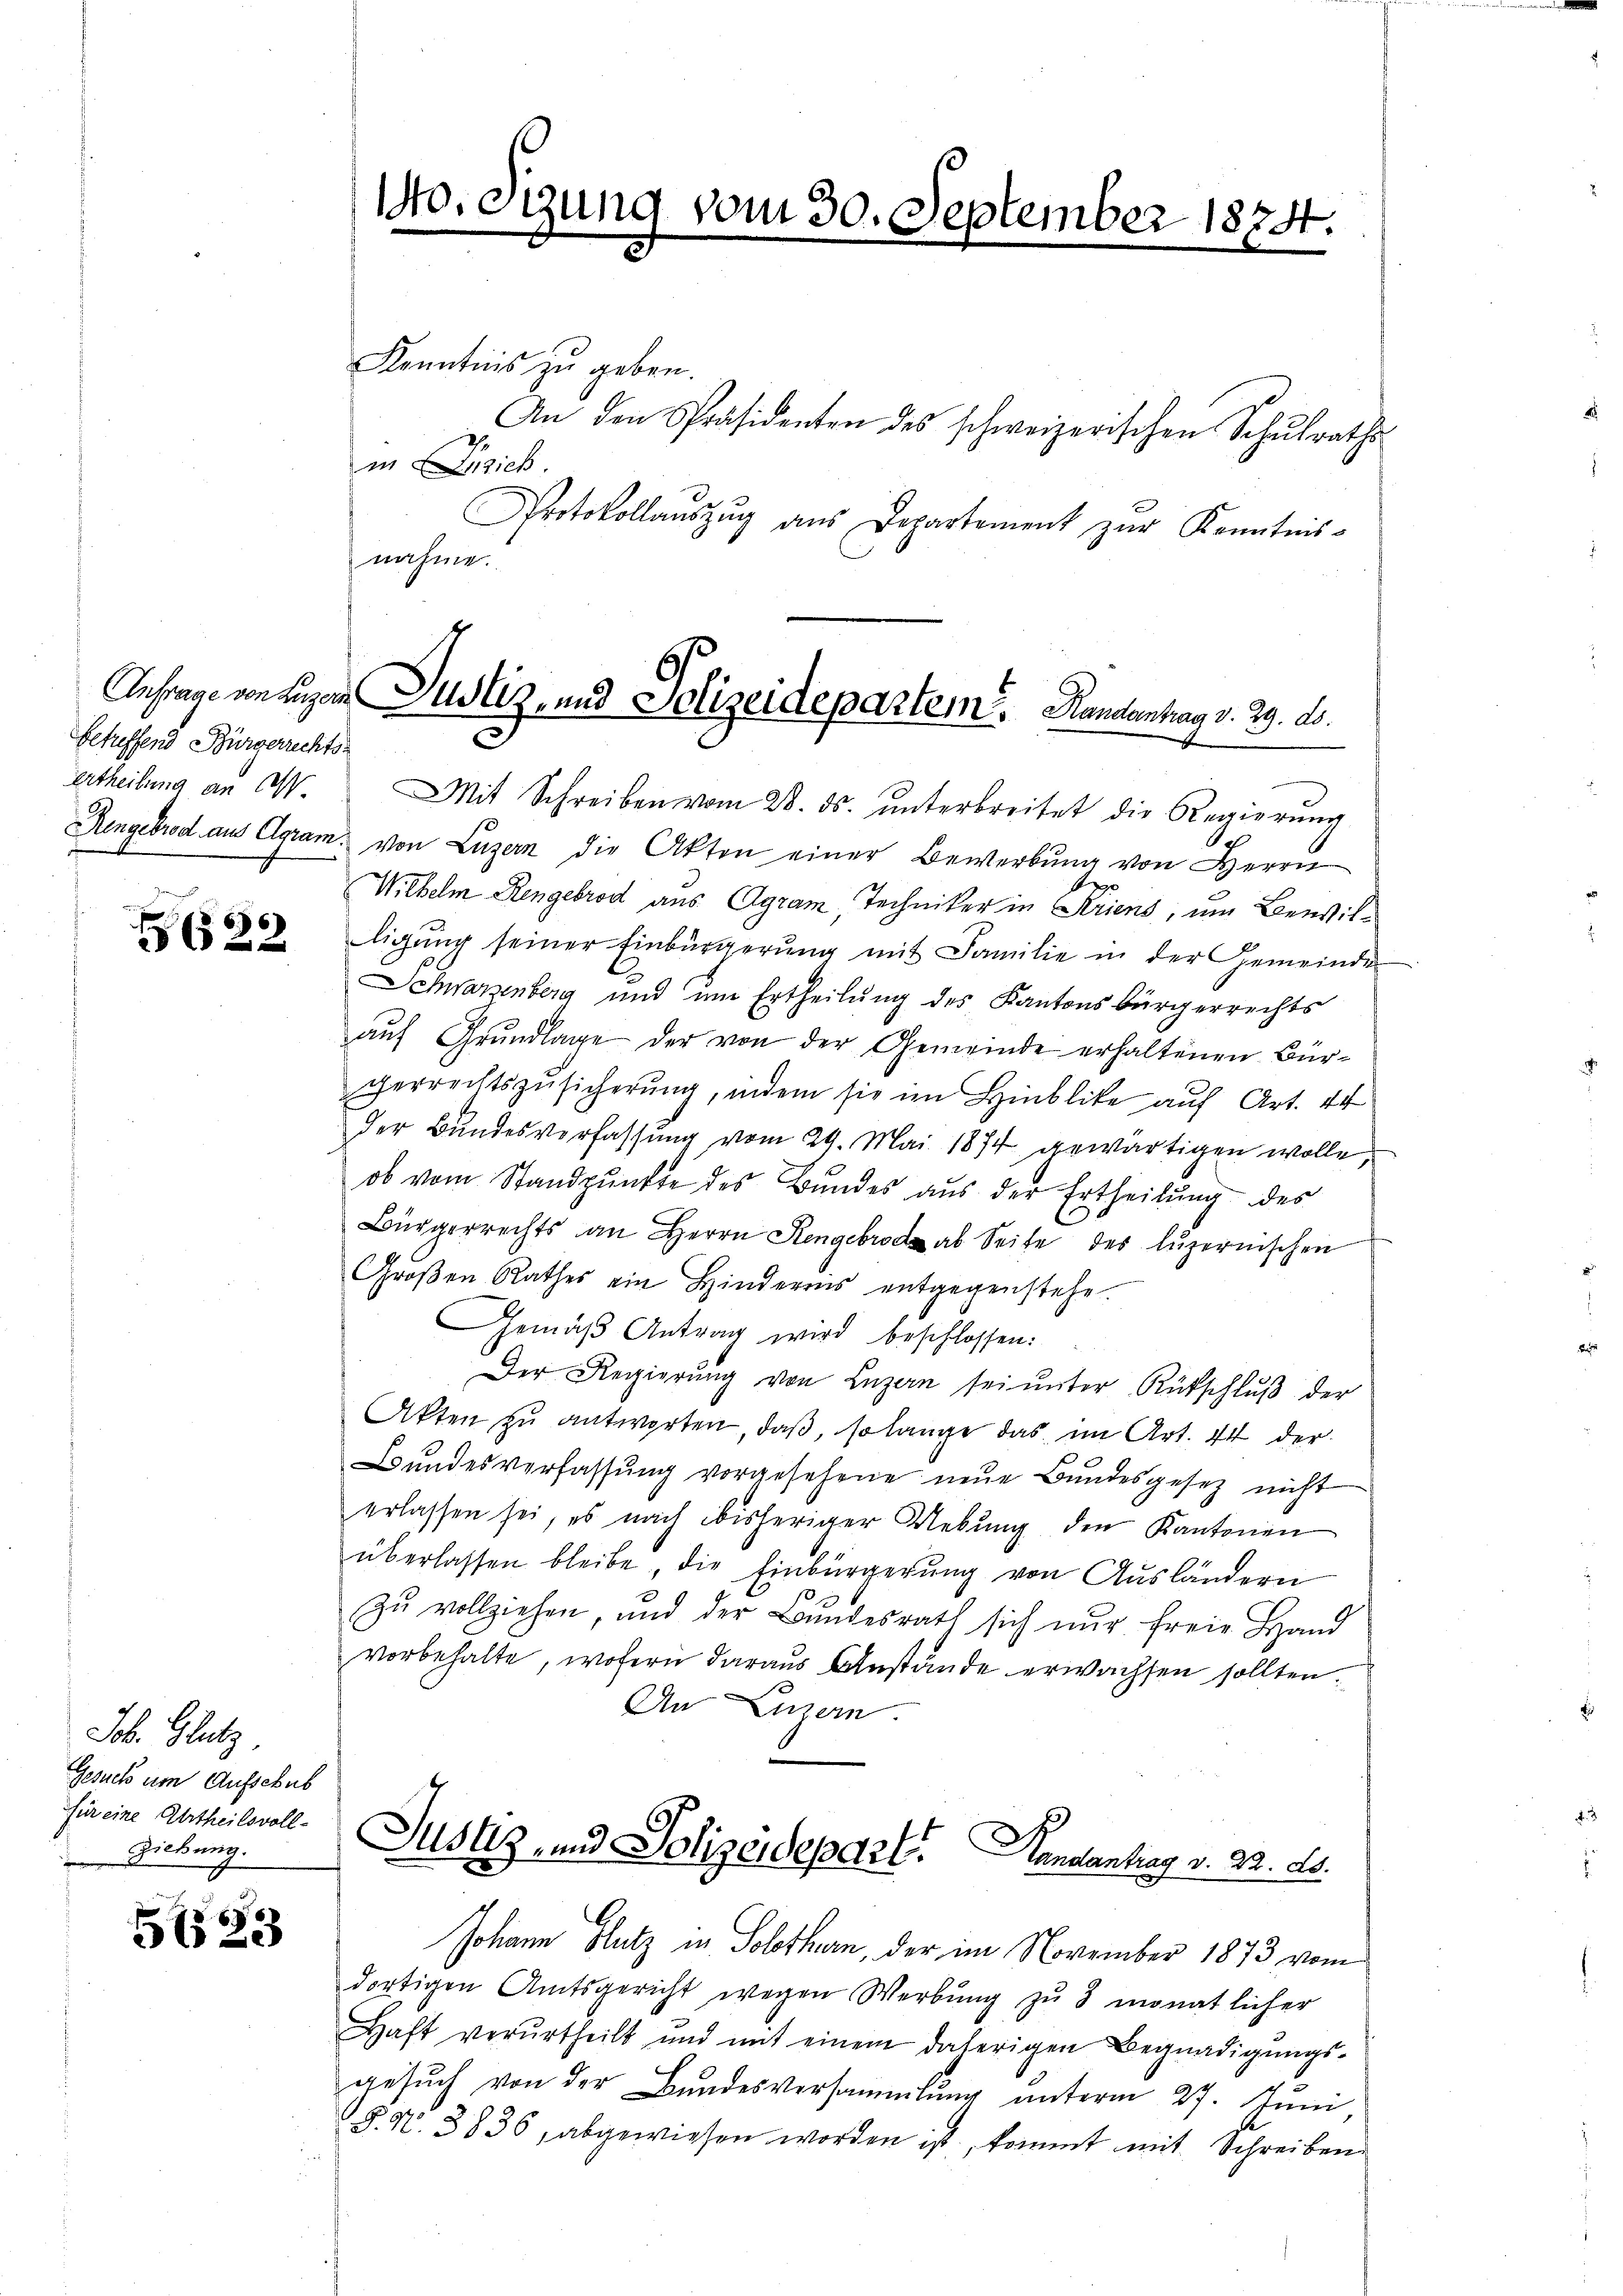
betreffend Bürgerrechts-
ertheilung an M.

5622

Joh. Glutz
Gesuch um Aufschub
für eine Urtheilsvoll¬
Ziebung.

5623

nahme.

Kenntnis zu geben.
An den Präsidenten des schweizerischen Schulraths
in Zusick.
Protokollauszug aus Departement zur Kenntnis¬
Mit Schreiben vom 28. ds. ŭnterbreitet die Regierŭng
Rengebrod aus Agram. von Luzern die Akten einer Bewerbŭng von Herrn
Wilhelm Rengebrod aus Agram Techniker in Kriens, um Bewilligung seiner Einbürgerŭng mit Familie in der Gemeinde
Schwarzenberg und um Ertheilung des Kantonsbürgerrechts
aŭf Grundlage der von der Gemeinde erhaltenen Bürgerrechtszŭsicherŭng, indem sie im Hinblike auf Art. 44
der Bundesverfassung vom 29. Mai 1874 gewärtigen wolle,
ob vom Standpunkte des Bundes aus der Ertheilung des
Bürgerrechts an Herrn Renger ab Seite des luzernischen
Groβen Rathes ein Hinderes entgegenstehe.
Gemäβ Antrag wird beschlossen:
Der Regierŭng von Luzern sei ŭnter Rückschlŭβ der
Akten zŭ antworten, daß, so lange das im Art. 44 der
Bŭndesverfassŭng vorgesehene neŭe Bŭndesgesetz nicht
erlassen sei, es nach bisheriger Uebŭng den Kantonen
überlassen bleibe, die Einbürgerung von Ausländern
Zu vollziehen, und der Bundesrath sich nur freie Hand
vorbehalte, wofern daraus Anstände erwachsen sollten.
An Linnern.

140. Sizung vom 30. September 1874.

Anfrage von Luzern Justiz- und Polizeidepartem. Handantrag v. 29. d.

Justiz, und Polizeidepart. Handantrag v. 23. ds.

Johann Blutz in Solothurn, der im November 1873 vom
dortigen Amtsgericht wegen Werbŭng zŭ 3 monatlicher
Haft verurtheilt und mit einem daherigen Begnadigŭngs-
gesuch von der Bundesversammlung unterm 27. Juni
§. N. 3836, abgewiesen worden ist, kommt mit Schreiben